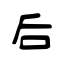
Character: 后